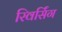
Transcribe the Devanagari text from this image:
रिवर्सिंग